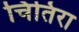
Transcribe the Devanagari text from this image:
चितिरा